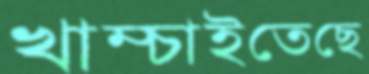
খাম্‌চাইতেছে